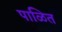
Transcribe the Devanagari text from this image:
पाळित